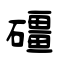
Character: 礓